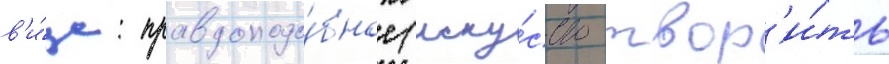
в'и́да: правдоподо́бное (иску́сство твор'и́ть